Report on vaccination proceedings throughout the Government of Bengal -
Year: 1868
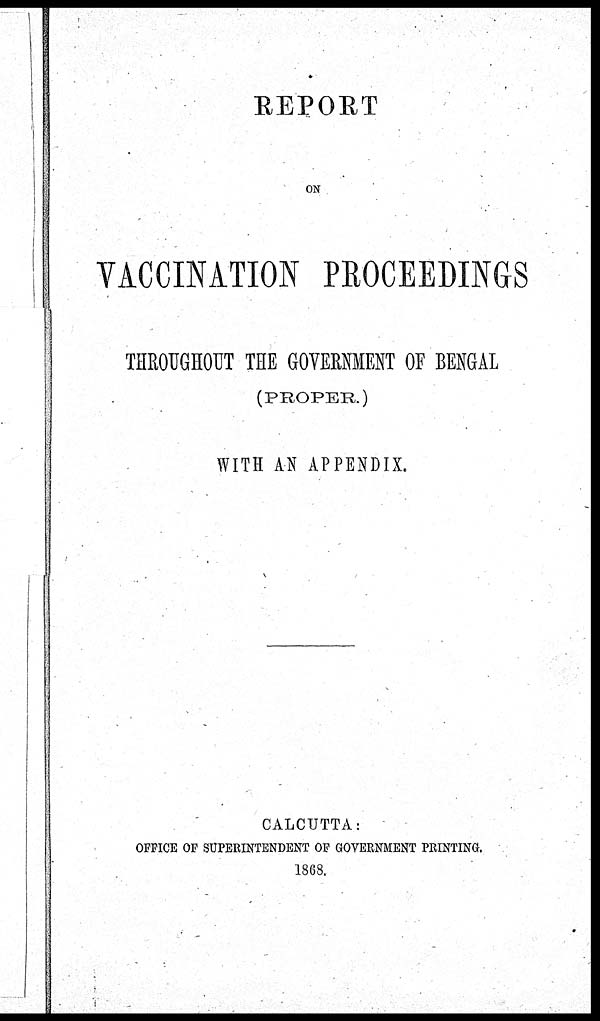
REPORT
ON
VACCINATION PROCEEDINGS
THROUGHOUT THE GOVERNMENT OF BENGAL
(PROPER.)
WITH AN APPENDIX.
CALCUTTA:
OFFICE OF SUPERINTENDENT OF GOVERNMENT PRINTING.
1868.